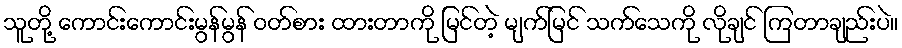
သူတို့ ကောင်းကောင်းမွန်မွန် ဝတ်စား ထားတာကို မြင်တဲ့ မျက်မြင် သက်သေကို လိုချင် ကြတာချည်းပဲ။